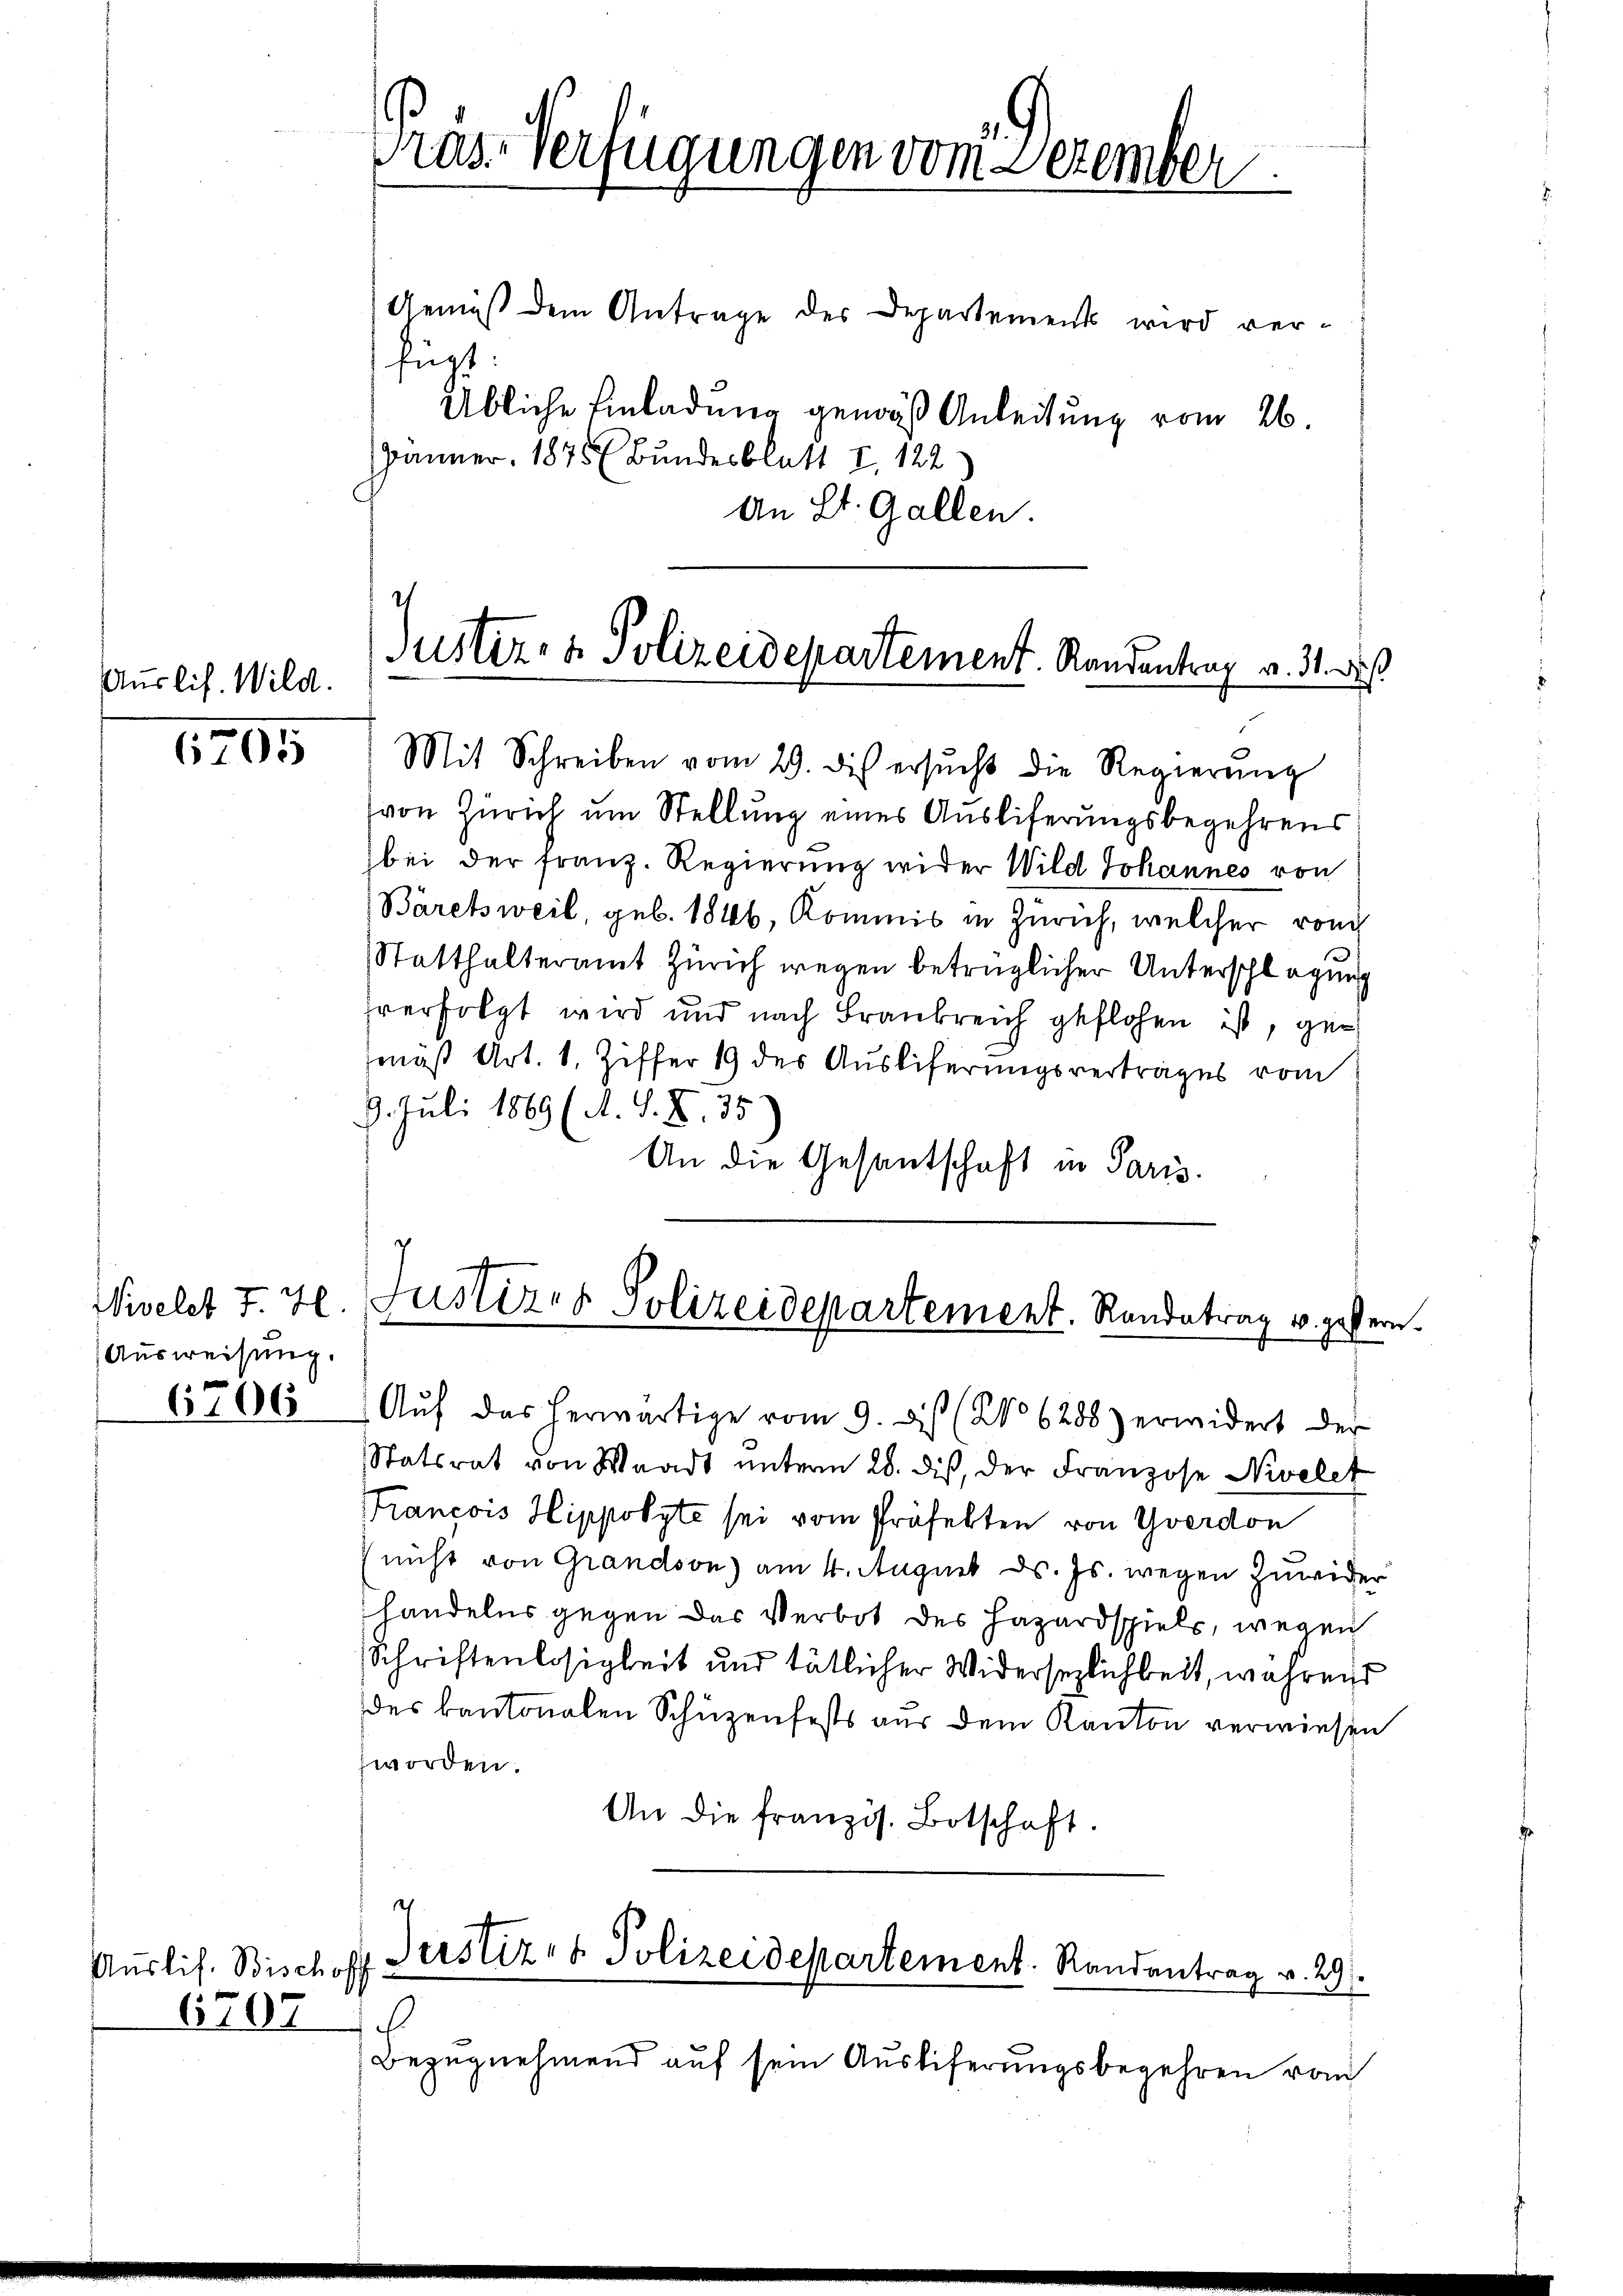
Auslis. Wild.

6205

Wivelet J. H.
Ausweisung.
6706

Auslis. Bischoff
6707

Präs-Verfügungen vom Dezember

Gemäß dem Antrage des Departements wird verfügt:
Übliche Einladung gemäß Anleitung vom 26.
Jänner. 1875 Bundesblatt I 122
An St. Gallen.

Justiz- & Polizeidepartement. Randentrag v. 31. des

Mit Schreiben vom 29. di ersŭcht die Regierŭng
von Zürich um Stellung eines Ausliferungsbegehrens
bei der Franz. Regierung wider Wild Johannes von
Bäretsweil, geb. 1846, Kommis in Zürich, welcher ronch
Statthalteramt Zürich wegen betrüglicher Unterschlagung
verfolgt wird und nach Frankreich geflohen ist, gemas Art. 1. Ziffer 19 des Ausliferungsvertrages vom
9. Juli 1869 (A. S. S. 35
An die Gesantschaft in Paris.

2
Justires Polizeidepartement. Randetrag u. gestern.

Aŭf das herwärtige vom 9. Dis (No 6288) erwidert der
Statsrat von Waadt ŭnterm 28. dis, der Franzose Nivelet
Francois Hippolyte sei vom Präfekten von Yverdon
(nicht von Grandson) am 4. August ds. Js. wegen Zuwider
handelns gegen das Verbot des Hazardspiels, wegen
Schriftenlosigkeit und tätlicher Widersezlichkeit, während
des kantonalen Schüzenfests aus dem Kanton verwiesen
worden.
An die französ. Botschaft.
.

ich
Bezugnehmend auf sein Ausliferungsbegehren vom

Justiz- & Polizeidepartement. Randantrag v. 29